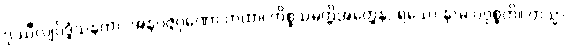
ဒုဿီလျဝိဒ္ဓံသနတာ, အနဝဇ္ဇဂုဏော တထာ၊ ကိစ္စသမ္ပတ္တိအတ္ထေန, ရသော နာမ ပဝုစ္စတိ။ တသ္မာ